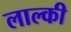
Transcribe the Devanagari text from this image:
लाल्की